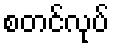
စတင်လုပ်